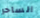
الساحر